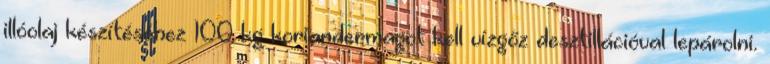
illóolaj készítéséhez 100 kg koriandermagot kell vízgőz desztillációval lepárolni.